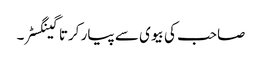
صاحب کی بیوی سے پیار کرتا گینگسٹر۔